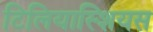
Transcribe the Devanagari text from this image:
टिलियास्शियस